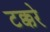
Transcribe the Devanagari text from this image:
टक्करे